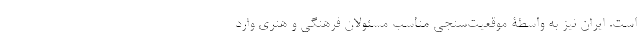
است. ایران نیز به واسطۀ موقعیت‌سنجی مناسب مسئولان فرهنگی و هنری وارد